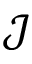
\mathcal { J }